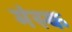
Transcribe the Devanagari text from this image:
मंस्क